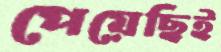
পেয়েছিই